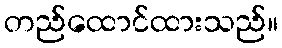
တည်ထောင်ထားသည်။